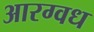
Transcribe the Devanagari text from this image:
आरग्वध